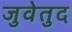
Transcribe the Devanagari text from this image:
जुवेतुद